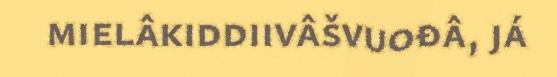
mielâkiddiivâšvuođâ, já